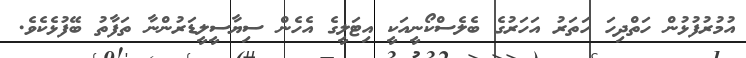
އުމުރުފުޅުން ހަތްދިހަ ހަތަރު އަހަރުގެ ބެލެސްކޯނީއަކީ އިޓަލީގެ އެހެން ސިޔާސީލީޑަރުންނާ ތަފާތު ބޭފުޅެކެވެ.